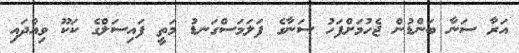
އަރާ ސަނާ ބަންޑުން ޖެހުމަށްފަހު ސަނާގެ ފަލަމަސްގަނޑު މަތީ ފައިސަލްގެ ކަކޫ ވިއްދައި